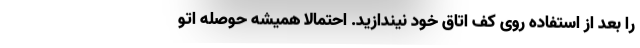
را بعد از استفاده روی کف اتاق خود نیندازید. احتمالا همیشه حوصله اتو